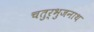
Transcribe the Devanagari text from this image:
चतुर्भुजनाथ